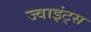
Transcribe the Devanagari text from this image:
ज्वाइंट्स